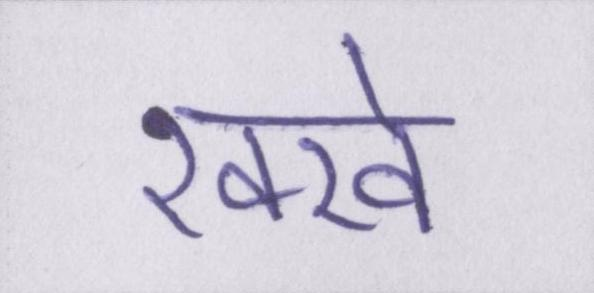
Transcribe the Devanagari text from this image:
रक्खे